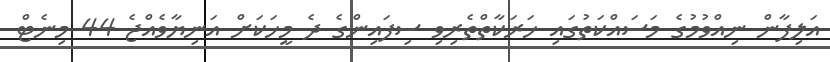
އަލިފާން ނިއްވުމުގެ މަސައްކަތުގައި ހަރަކާތްތެރިވި ސިފައިންގެ ދެ މީހަކަށް އަނިޔާވެއްޖެ 44 މިނެޓް